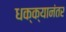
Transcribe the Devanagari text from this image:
धक्क्यानंतर